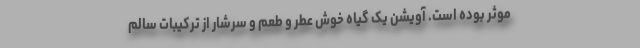
موثر بوده است. آویشن یک گیاه خوش عطر و طعم و سرشار از ترکیبات سالم